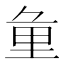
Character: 𨤣